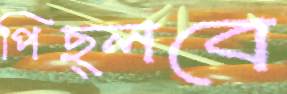
পিছ্‌লবে